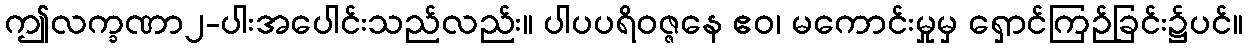
ဤလက္ခဏာ၂-ပါးအပေါင်းသည်လည်း။ ပါပပရိဝဇ္ဇနေ ဧဝ၊ မကောင်းမှုမှ ရှောင်ကြဉ်ခြင်း၌ပင်။